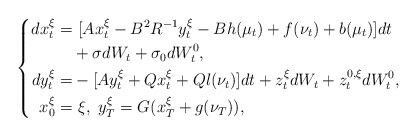
\begin{align*}\left\{\begin{aligned}dx_t^{\xi}=&~[Ax_t^{\xi}-B^2R^{-1}y_t^{\xi}-Bh(\mu_t)+f(\nu_t)+b(\mu_t)]dt\\&+\sigma dW_t+\sigma_0dW^0_t,\\dy_t^{\xi}=&-[Ay_t^{\xi}+Qx_t^{\xi}+Ql(\nu_t)]dt+z_t^{\xi}dW_t+z^{0,\xi}_tdW^0_t,\\x_0^{\xi}=&~\xi,~y_T^{\xi}=G(x_T^\xi+g(\nu_T)),\end{aligned}\right.\end{align*}